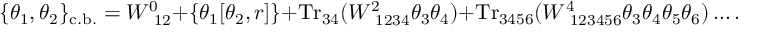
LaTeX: \{ \theta _ { 1 } , \theta _ { 2 } \} _ { \mathrm { c . b . } } = W _ { ~ 1 2 } ^ { 0 } + \left\{ \theta _ { 1 } [ \theta _ { 2 } , r ] \right\} + \mathrm { T r } _ { 3 4 } ( W _ { ~ 1 2 3 4 } ^ { 2 } \theta _ { 3 } \theta _ { 4 } ) + \mathrm { T r } _ { 3 4 5 6 } ( W _ { ~ 1 2 3 4 5 6 } ^ { 4 } \theta _ { 3 } \theta _ { 4 } \theta _ { 5 } \theta _ { 6 } ) \ldots .